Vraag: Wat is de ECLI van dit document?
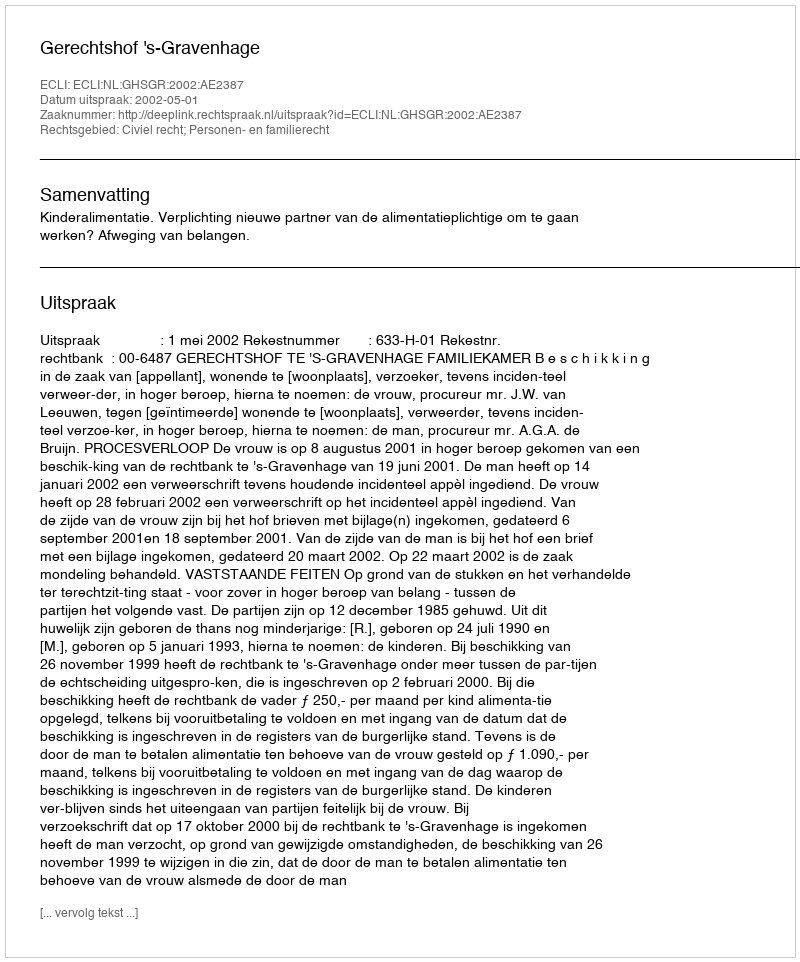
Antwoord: ECLI:NL:GHSGR:2002:AE2387